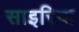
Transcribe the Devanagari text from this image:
साइरिया